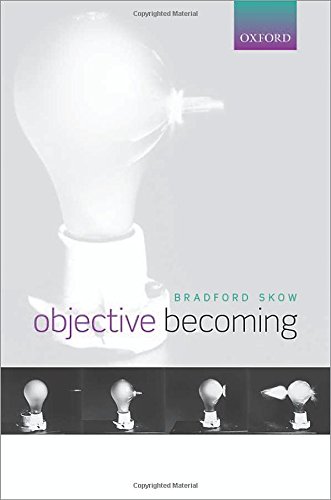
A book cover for Objective Becoming; Bradford Skow; Politics & Social Sciences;